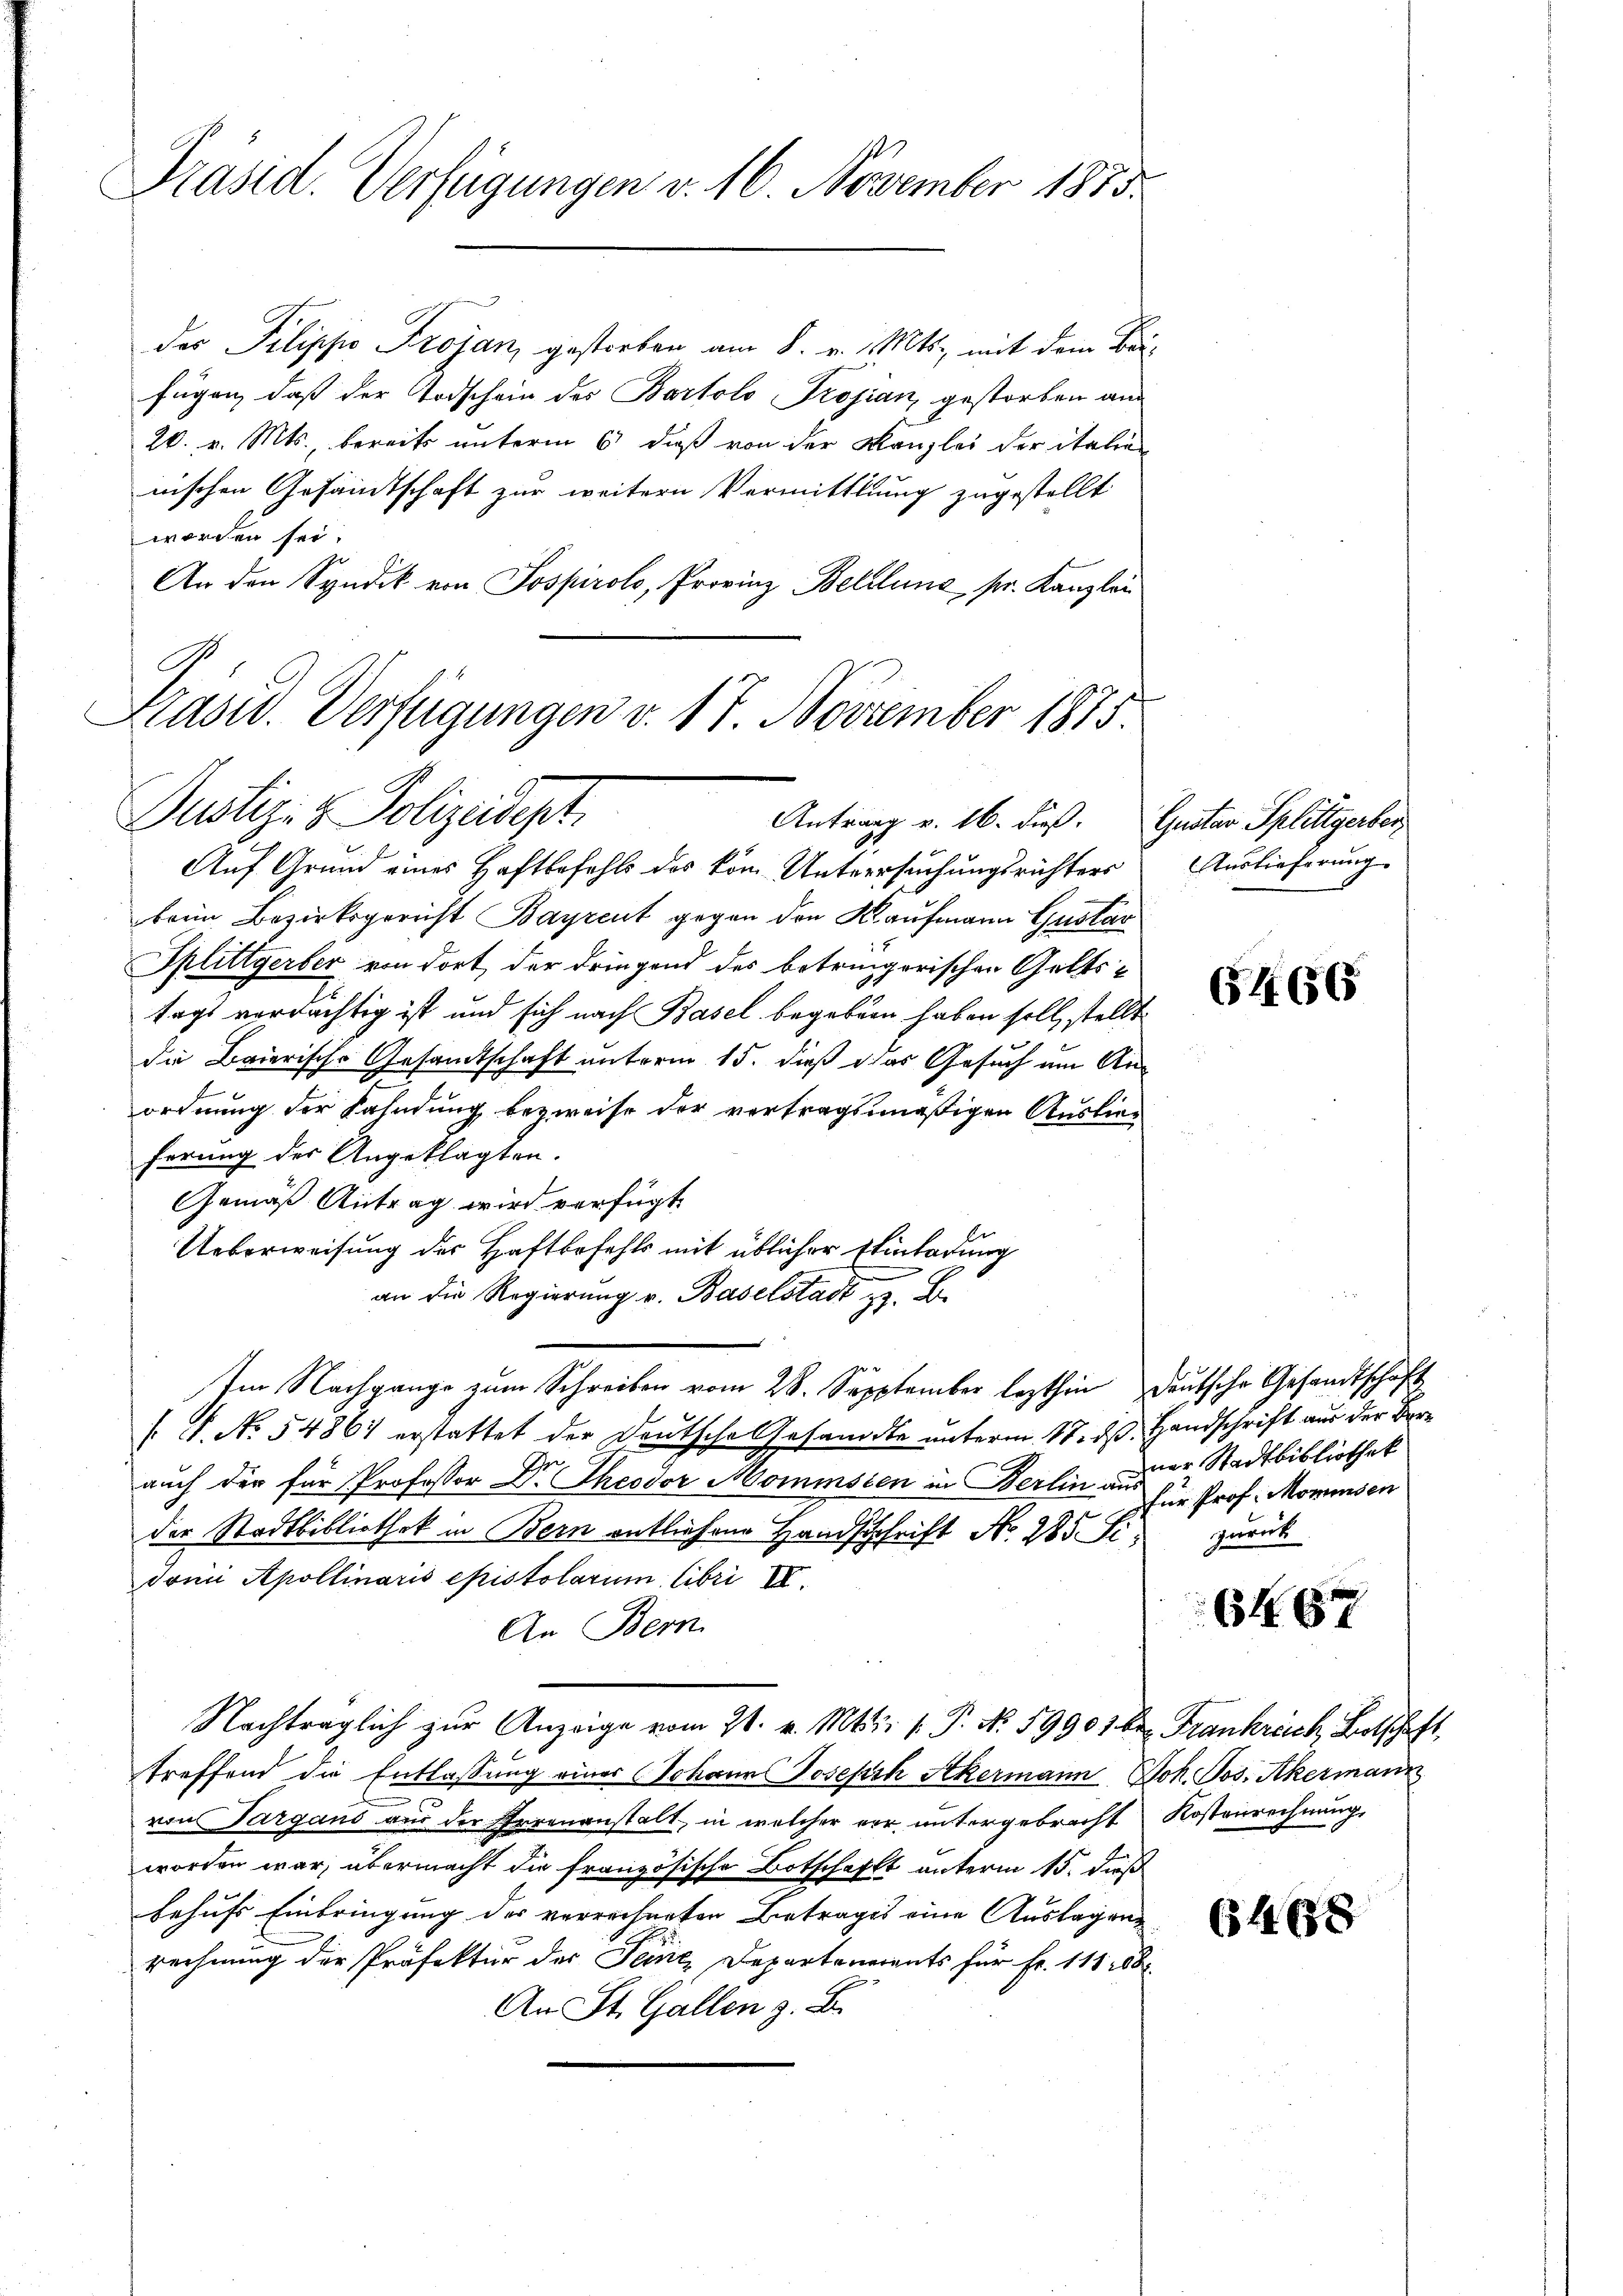
Präsid. Verfügungen v. 16. November 1815.

ders Pilippo Trojan, gestorben am 8. v. Mts., mit dem Brifügen, daß der Todschein des Bartolo Projian, gestorben auch
26. v. Mts. bereits unterm 6 dieß von der Kanzlei der italie
nischen Gesamtschaft zur weitern Vermittlung zugestellt
worden sei.
An den Syndik von Jospirolo, Provinz Belllung pr. Kanzlei

Präsid. Verfügungen v. 17. November 1875.
Justiz- & Polizeidept
Antrag u. 16. dieß. Gustav Spliltgerber

Auf Grund eines Haftbefehls des köm Untersuchungsrichters
beim Bezirksgericht Bayrent gegen den Kaufmann Gustar
Splittgerber von dort der dringend des betringerischen Geltstags verdächtig ist und sich nach Basel begeben haben soll, stellt.
die Baierische Gesandtschaft unterm 15. dieß das Gesuch um An-
ordnung der Fahndung bezweife der vertragsmäßigen Auslieferung der Angeklagten.
Gemäß Antrag wird verfügt
Ueberweisung des Haftbefehls mit üblicher Einladung
an die Regierung v. Baselstadt z. B.
/. P. No. 54867 erstattet der Deutsche Gesandte unterm 17. ds. Handschrift aus der Berauch der für Professor Dr. Theodor Momensten in Berlin aus zur Prof. Mommsen
der Stadtbibliothek in Bern entliehene Handschrift No. 285 St. zurück
doni Apollinaris epistolarum übri III.
An Bern
Nachträglich zŭr Anzeige vom 21. v. Mts. 1. P. No. 59901 be Frankreich Botschaft,
treffend die Entlassung einer (Johann Joseph Akermann Joh. Jos. Akermann
von Targans aus der Parenanstalt, in welcher vor untergebracht Kostenrechnŭng,
worden war, übermacht die französische Botschafft unterm 15. dieß
behufs Einbringung des verrechneten Betrages eine Auslagenrechnung der Präfektur der Seine, Departenerants für Fr. 111 188
An St. Gallen z. B.

Im Nachgange zum Schreiben vom 28. Sepptember lezthin deutsche Gesandtschaft

Auslieferung.

G466

ner Stadtbibliothek

6467

61658